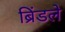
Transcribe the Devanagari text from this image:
ब्रिंडले